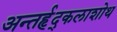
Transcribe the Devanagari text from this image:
अन्तर्हृद्कलाशोथ